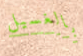
بالغسيل